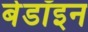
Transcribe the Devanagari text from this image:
बेडॉइन